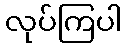
လုပ်ကြပါ